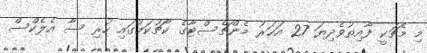
މި މެޗަކީ ފާއިތުވެދިޔަ 27 އަހަރު މެންޗެސްޓާގެ ކޯޗުކަމުގައި ހުރި ސާ އެލެކްސް